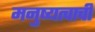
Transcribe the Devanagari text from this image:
मनुष्यत्वाची